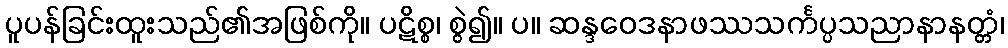
ပူပန်ခြင်းထူးသည်၏အဖြစ်ကို။ ပဋိစ္စ၊ စွဲ၍။ ပ။ ဆန္ဒဝေဒနာဖဿသင်္ကပ္ပသညာနာနတ္တံ၊